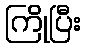
ကြိုပြီး